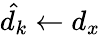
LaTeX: \hat{d_{k}}\gets d_{x}